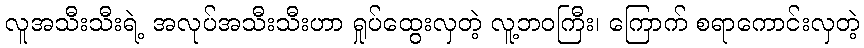
လူအသီးသီးရဲ့ အလုပ်အသီးသီးဟာ ရှုပ်ထွေးလှတဲ့ လူ့ဘဝကြီး၊ ကြောက် စရာကောင်းလှတဲ့